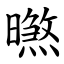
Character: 㬠